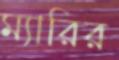
ম্যারির